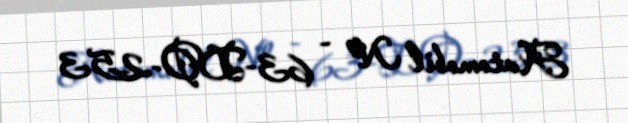
Avtomobil № - 63-DO-253